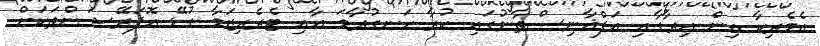
އެމެރިކާ އިން އިރާގާއި އަފްޣާނިސްތާނުގައި ކުރާ ހަނގުރާމަ އާއި ޓެރެރިޒަމާ ގުޅޭ އޮޕަރޭޝަންތަކަށް